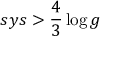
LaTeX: s y s > { \frac { 4 } { 3 } } \log g